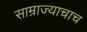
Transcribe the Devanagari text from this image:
साम्राज्याचाच